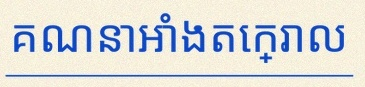
គណនាអាំងតេក្រាល